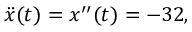
{ \ddot { x } } ( t ) = x ^ { \prime \prime } ( t ) = - 3 2 , \,